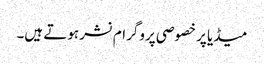
میڈیا پر خصوصی پروگرام نشر ہوتے ہیں۔